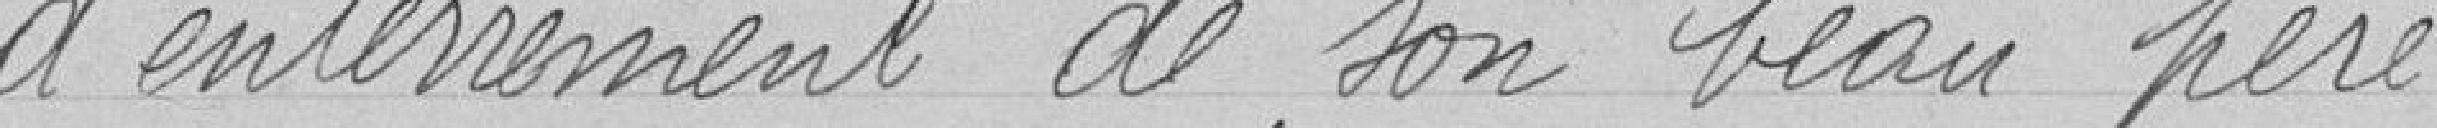
d'enterrement de son beau-frère